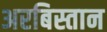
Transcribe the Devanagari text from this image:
अरबिस्तान